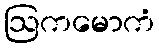
ဩကမောကံ